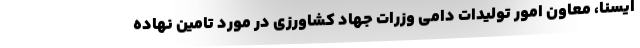
ایسنا، معاون امور تولیدات دامی وزرات جهاد کشاورزی در مورد تامین نهاده